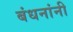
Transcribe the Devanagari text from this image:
बंधनांनी